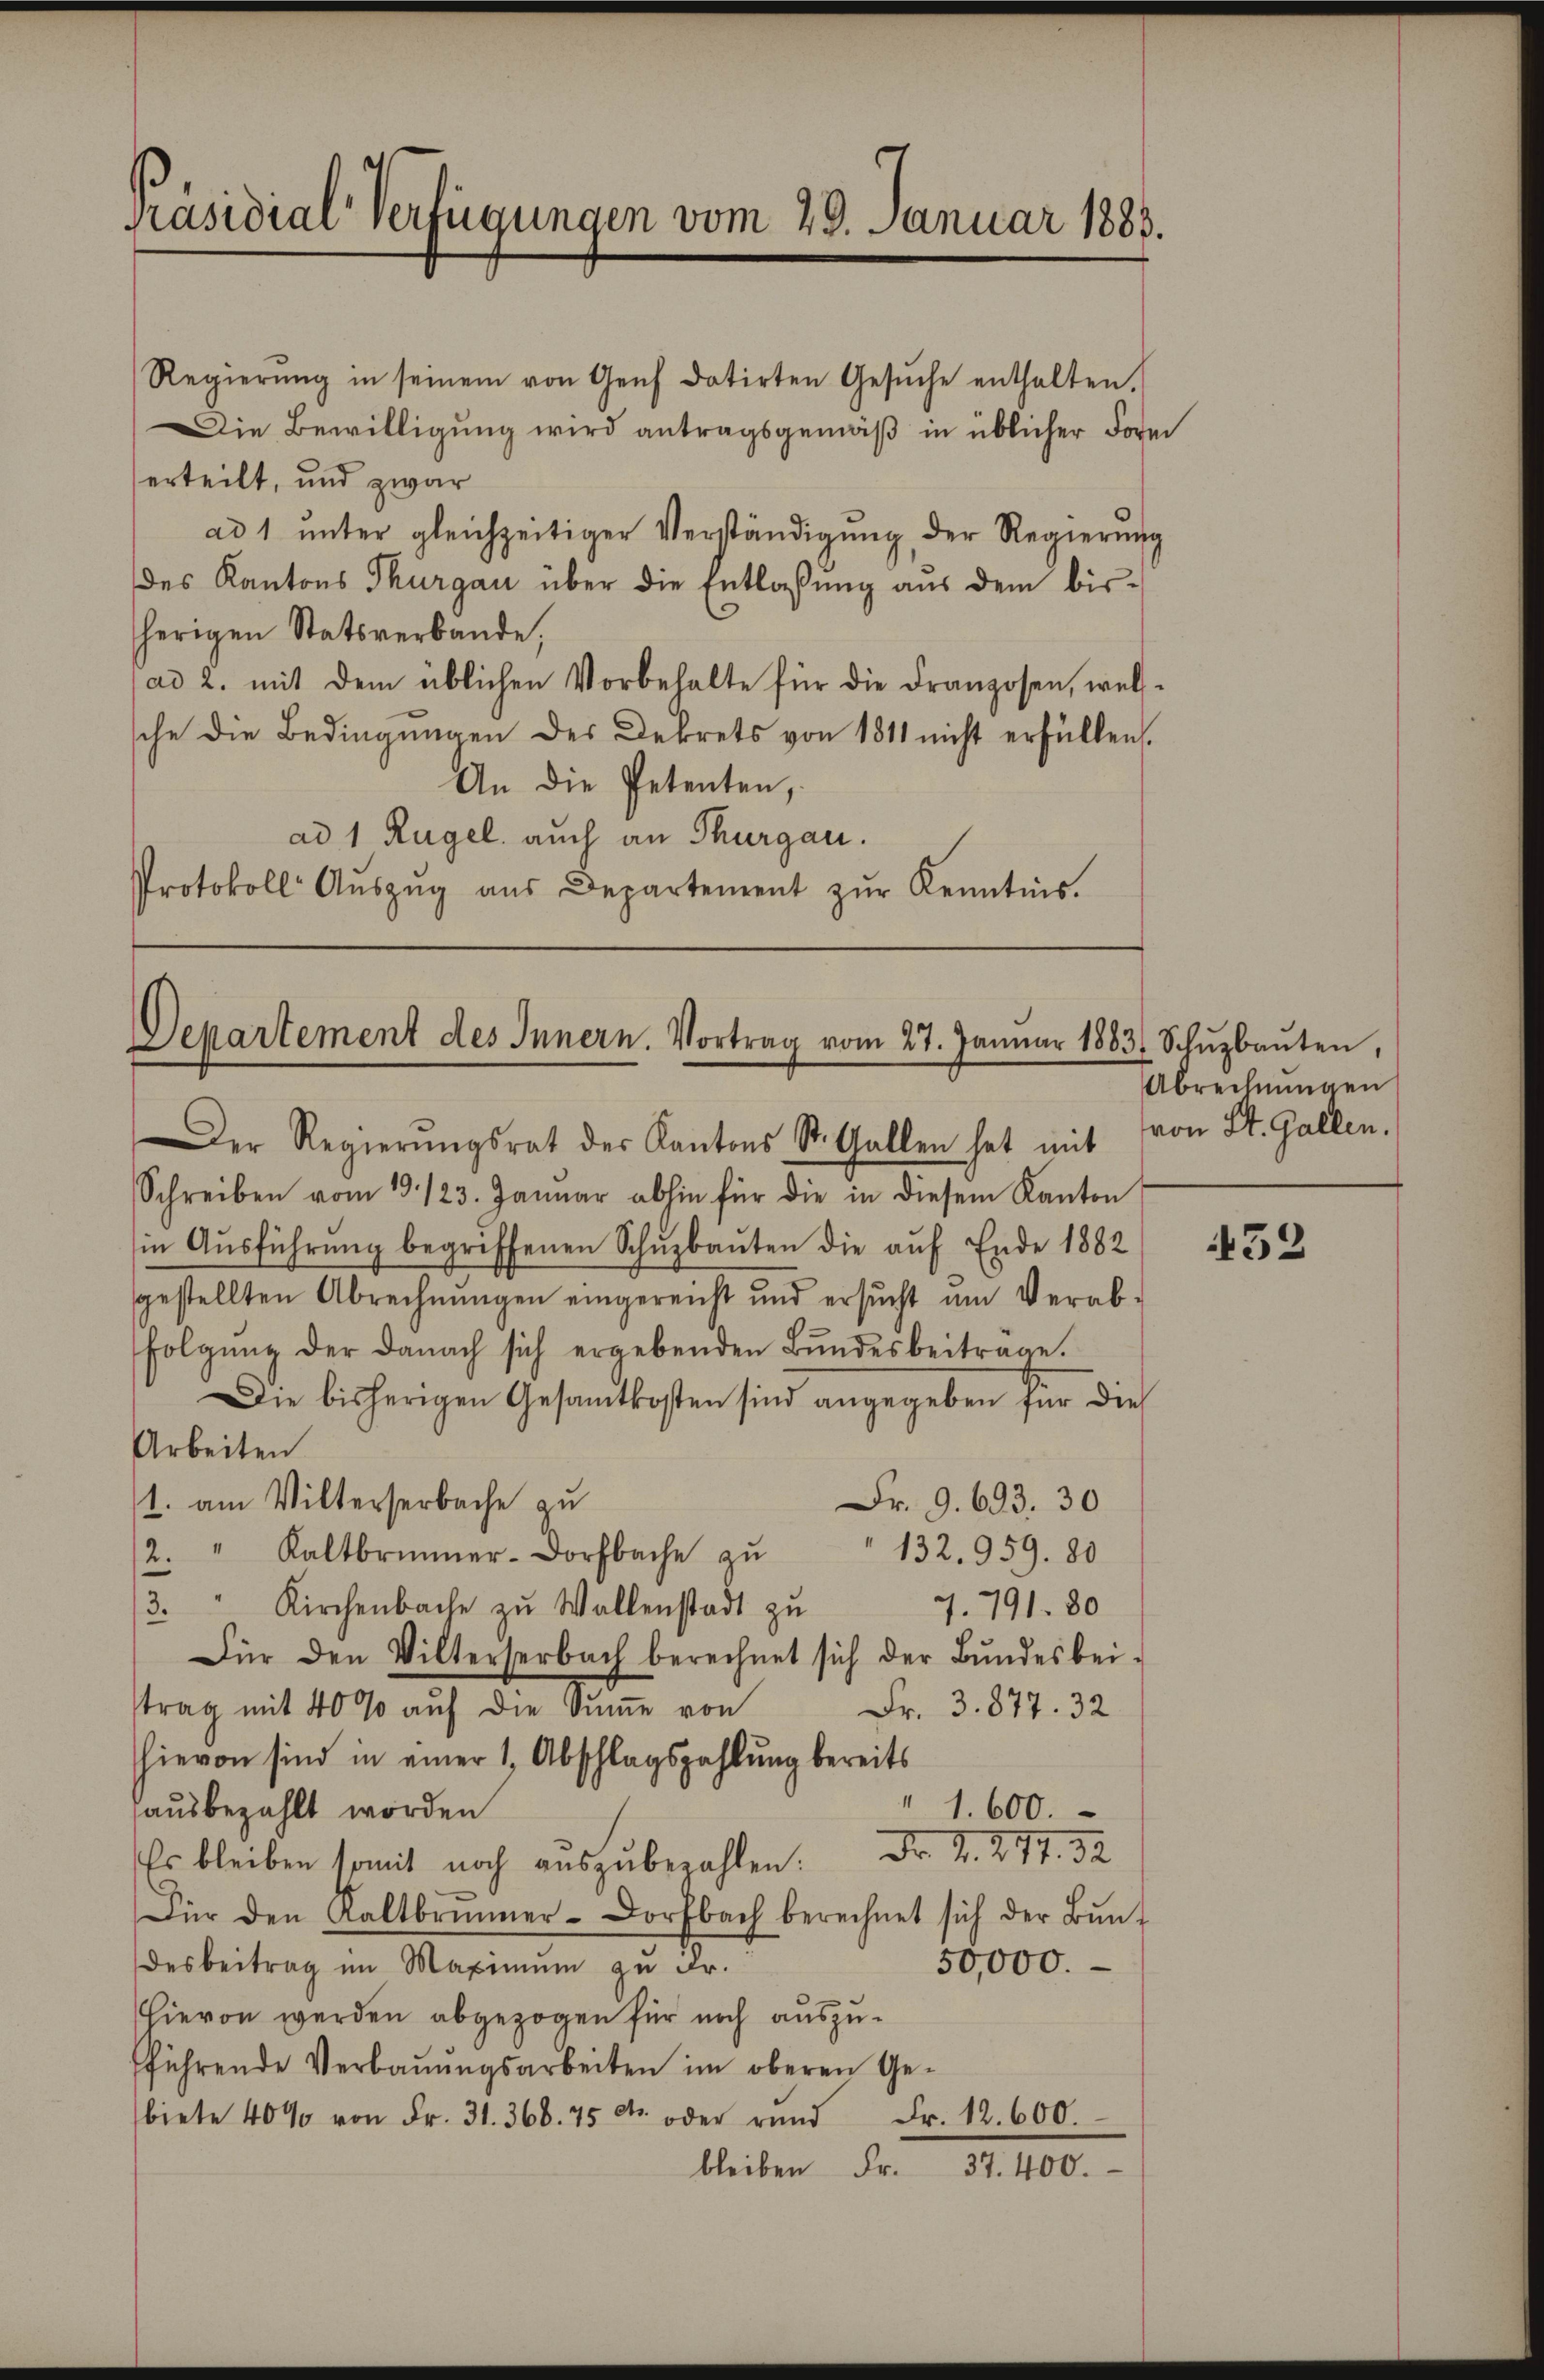
Präsidial-Verfügungen vom 29. Januar 1883.

Regierŭng in seinem von Genf datirten Gesŭche enthalten.
Die Bewilligung wird antragsgemäß in üblicher Form
erteilt, und zwar
ad 1 unter gleichzeitiger Verständigung der Regierung
des Kantons Thurgau über die Entlassŭng aus dem bis-
herigen Statsverbande,
(ad 2. mit dem üblichen Vorbehalte für die Franzosen, wel-
sche die Bedingungen des Dekrets von 1811 nicht erfüllen.
An die Petenten,
ad 1 Rügel auch an Thurgau.
Protokoll Aŭszŭg aŭs Departement zŭr Kenntnis.

Departement des Innern. Vortrag vom 27. Januar 1883 Schŭzbaŭten,
Der Regierŭngsrat der Kantons St. Gallen hat mit von St. Gallen.

Schreiben vom 19. 123. Januar abhin für die in diesem Kanton
in Aŭsführŭng begriffenen Schŭzbaŭten die aŭf Ende 1882
sgestellten Abrechnŭngen eingereicht und ersŭcht ŭm Verab-
folgŭng der danach sich ergebenden Bŭndesbeitrage.
Die bisherigen Gesamtkosten sind angegeben für dies
Arbeiten
1. am Vilterserbache zu
Fr. 9. 693. 30.
132. 959. 80
2. " Kaltbrunner-Dorfbache zŭ
3.
Kirchenbache zu Wollenstadt zu
7. 791. 80
Für den Vilterserbach berechnet sich der Bŭndesbei-
trag mit 40 % auf die Summe von
Fr. 3. 877. 32
hievon sind in einer 1, Abschlagszahlung bereits
" 1.600.
hausbezahlt worden
Es bleiben somit noch aŭszŭbezahlen. Dr. S. 277. 32
Für den Kaltbrŭnner-Dorfbach berechnet sich der Bŭn-
50,000.
desbeitrag im Maximŭm zŭ Fr.
Hievon werden abgezogen für noch auszufführende Verbaŭŭngsarbeiten im oberen Ge-
biete 40% von Fr. 31. 368. 75 dto oder rund Fr. 12. 600.
bleiben Fr. 37. 400.

Abrechnungen

452